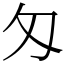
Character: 匁